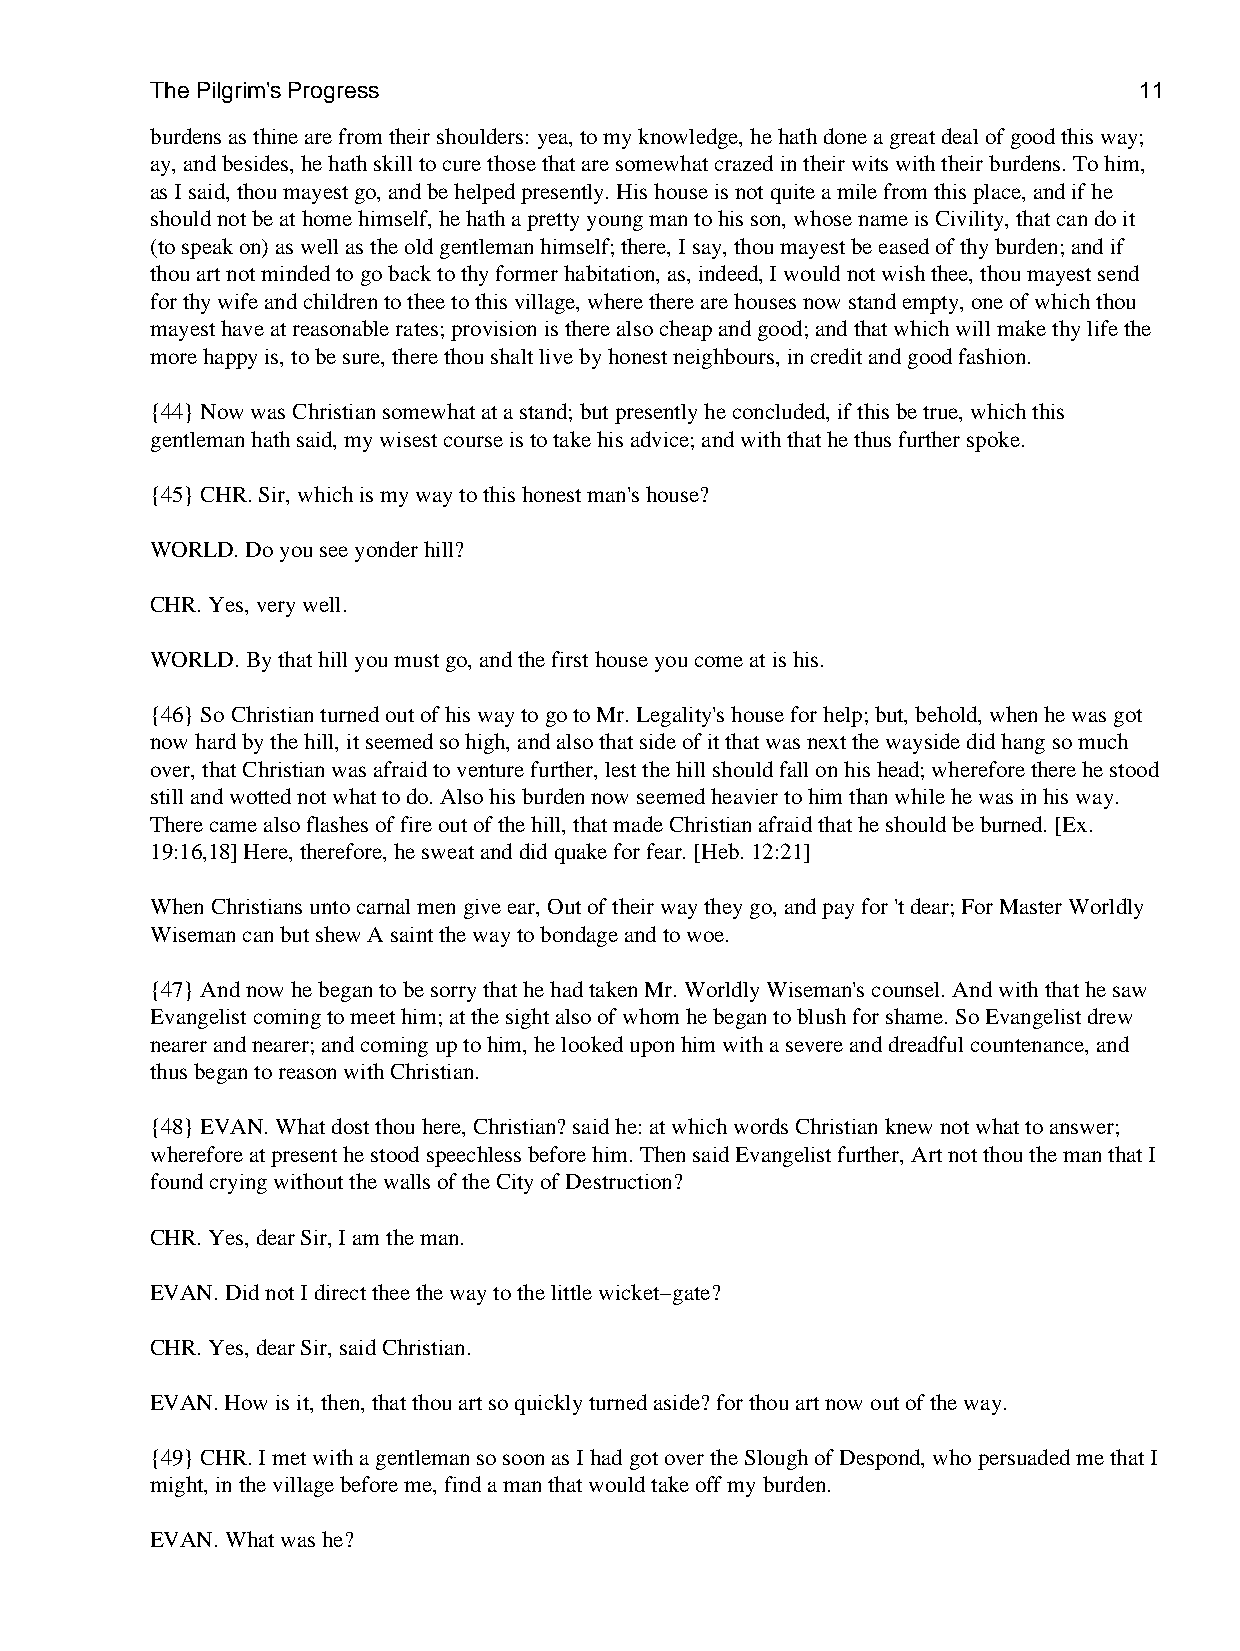
The Pilgrim's Progress                                           11
 burdens as thine are from their shoulders: yea, to my knowledge, he hath done a great deal of good this way;
 ay, and besides, he hath skill to cure those that are somewhat crazed in their wits with their burdens. To him,
 as I said, thou mayest go, and be helped presently. His house is not quite a mile from this place, and if he
 should not be at home himself, he hath a pretty young man to his son, whose name is Civility, that can do it
 (to speak on) as well as the old gentleman himself; there, I say, thou mayest be eased of thy burden; and if
 thou art not minded to go back to thy former habitation, as, indeed, I would not wish thee, thou mayest send
 for thy wife and children to thee to this village, where there are houses now stand empty, one of which thou
 mayest have at reasonable rates; provision is there also cheap and good; and that which will make thy life the
 more happy is, to be sure, there thou shalt live by honest neighbours, in credit and good fashion.
 {44} Now was Christian somewhat at a stand; but presently he concluded, if this be true, which this
 gentleman hath said, my wisest course is to take his advice; and with that he thus further spoke.
 {45} CHR. Sir, which is my way to this honest man's house?
 WORLD. Do you see yonder hill?
 CHR. Yes, very well.
 WORLD. By that hill you must go, and the first house you come at is his.
 {46} So Christian turned out of his way to go to Mr. Legality's house for help; but, behold, when he was got
 now hard by the hill, it seemed so high, and also that side of it that was next the wayside did hang so much
 over, that Christian was afraid to venture further, lest the hill should fall on his head; wherefore there he stood
 still and wotted not what to do. Also his burden now seemed heavier to him than while he was in his way.
 There came also flashes of fire out of the hill, that made Christian afraid that he should be burned. [Ex.
 19:16,18] Here, therefore, he sweat and did quake for fear. [Heb. 12:21]
 When Christians unto carnal men give ear, Out of their way they go, and pay for 't dear; For Master Worldly
 Wiseman can but shew A saint the way to bondage and to woe.
 {47} And now he began to be sorry that he had taken Mr. Worldly Wiseman's counsel. And with that he saw
 Evangelist coming to meet him; at the sight also of whom he began to blush for shame. So Evangelist drew
 nearer and nearer; and coming up to him, he looked upon him with a severe and dreadful countenance, and
 thus began to reason with Christian.
 {48} EVAN. What dost thou here, Christian? said he: at which words Christian knew not what to answer;
 wherefore at present he stood speechless before him. Then said Evangelist further, Art not thou the man that I
 found crying without the walls of the City of Destruction?
 CHR. Yes, dear Sir, I am the man.
 EVAN. Did not I direct thee the way to the little wicket−gate?
 CHR. Yes, dear Sir, said Christian.
 EVAN. How is it, then, that thou art so quickly turned aside? for thou art now out of the way.
 {49} CHR. I met with a gentleman so soon as I had got over the Slough of Despond, who persuaded me that I
 might, in the village before me, find a man that would take off my burden.
 EVAN. What was he?